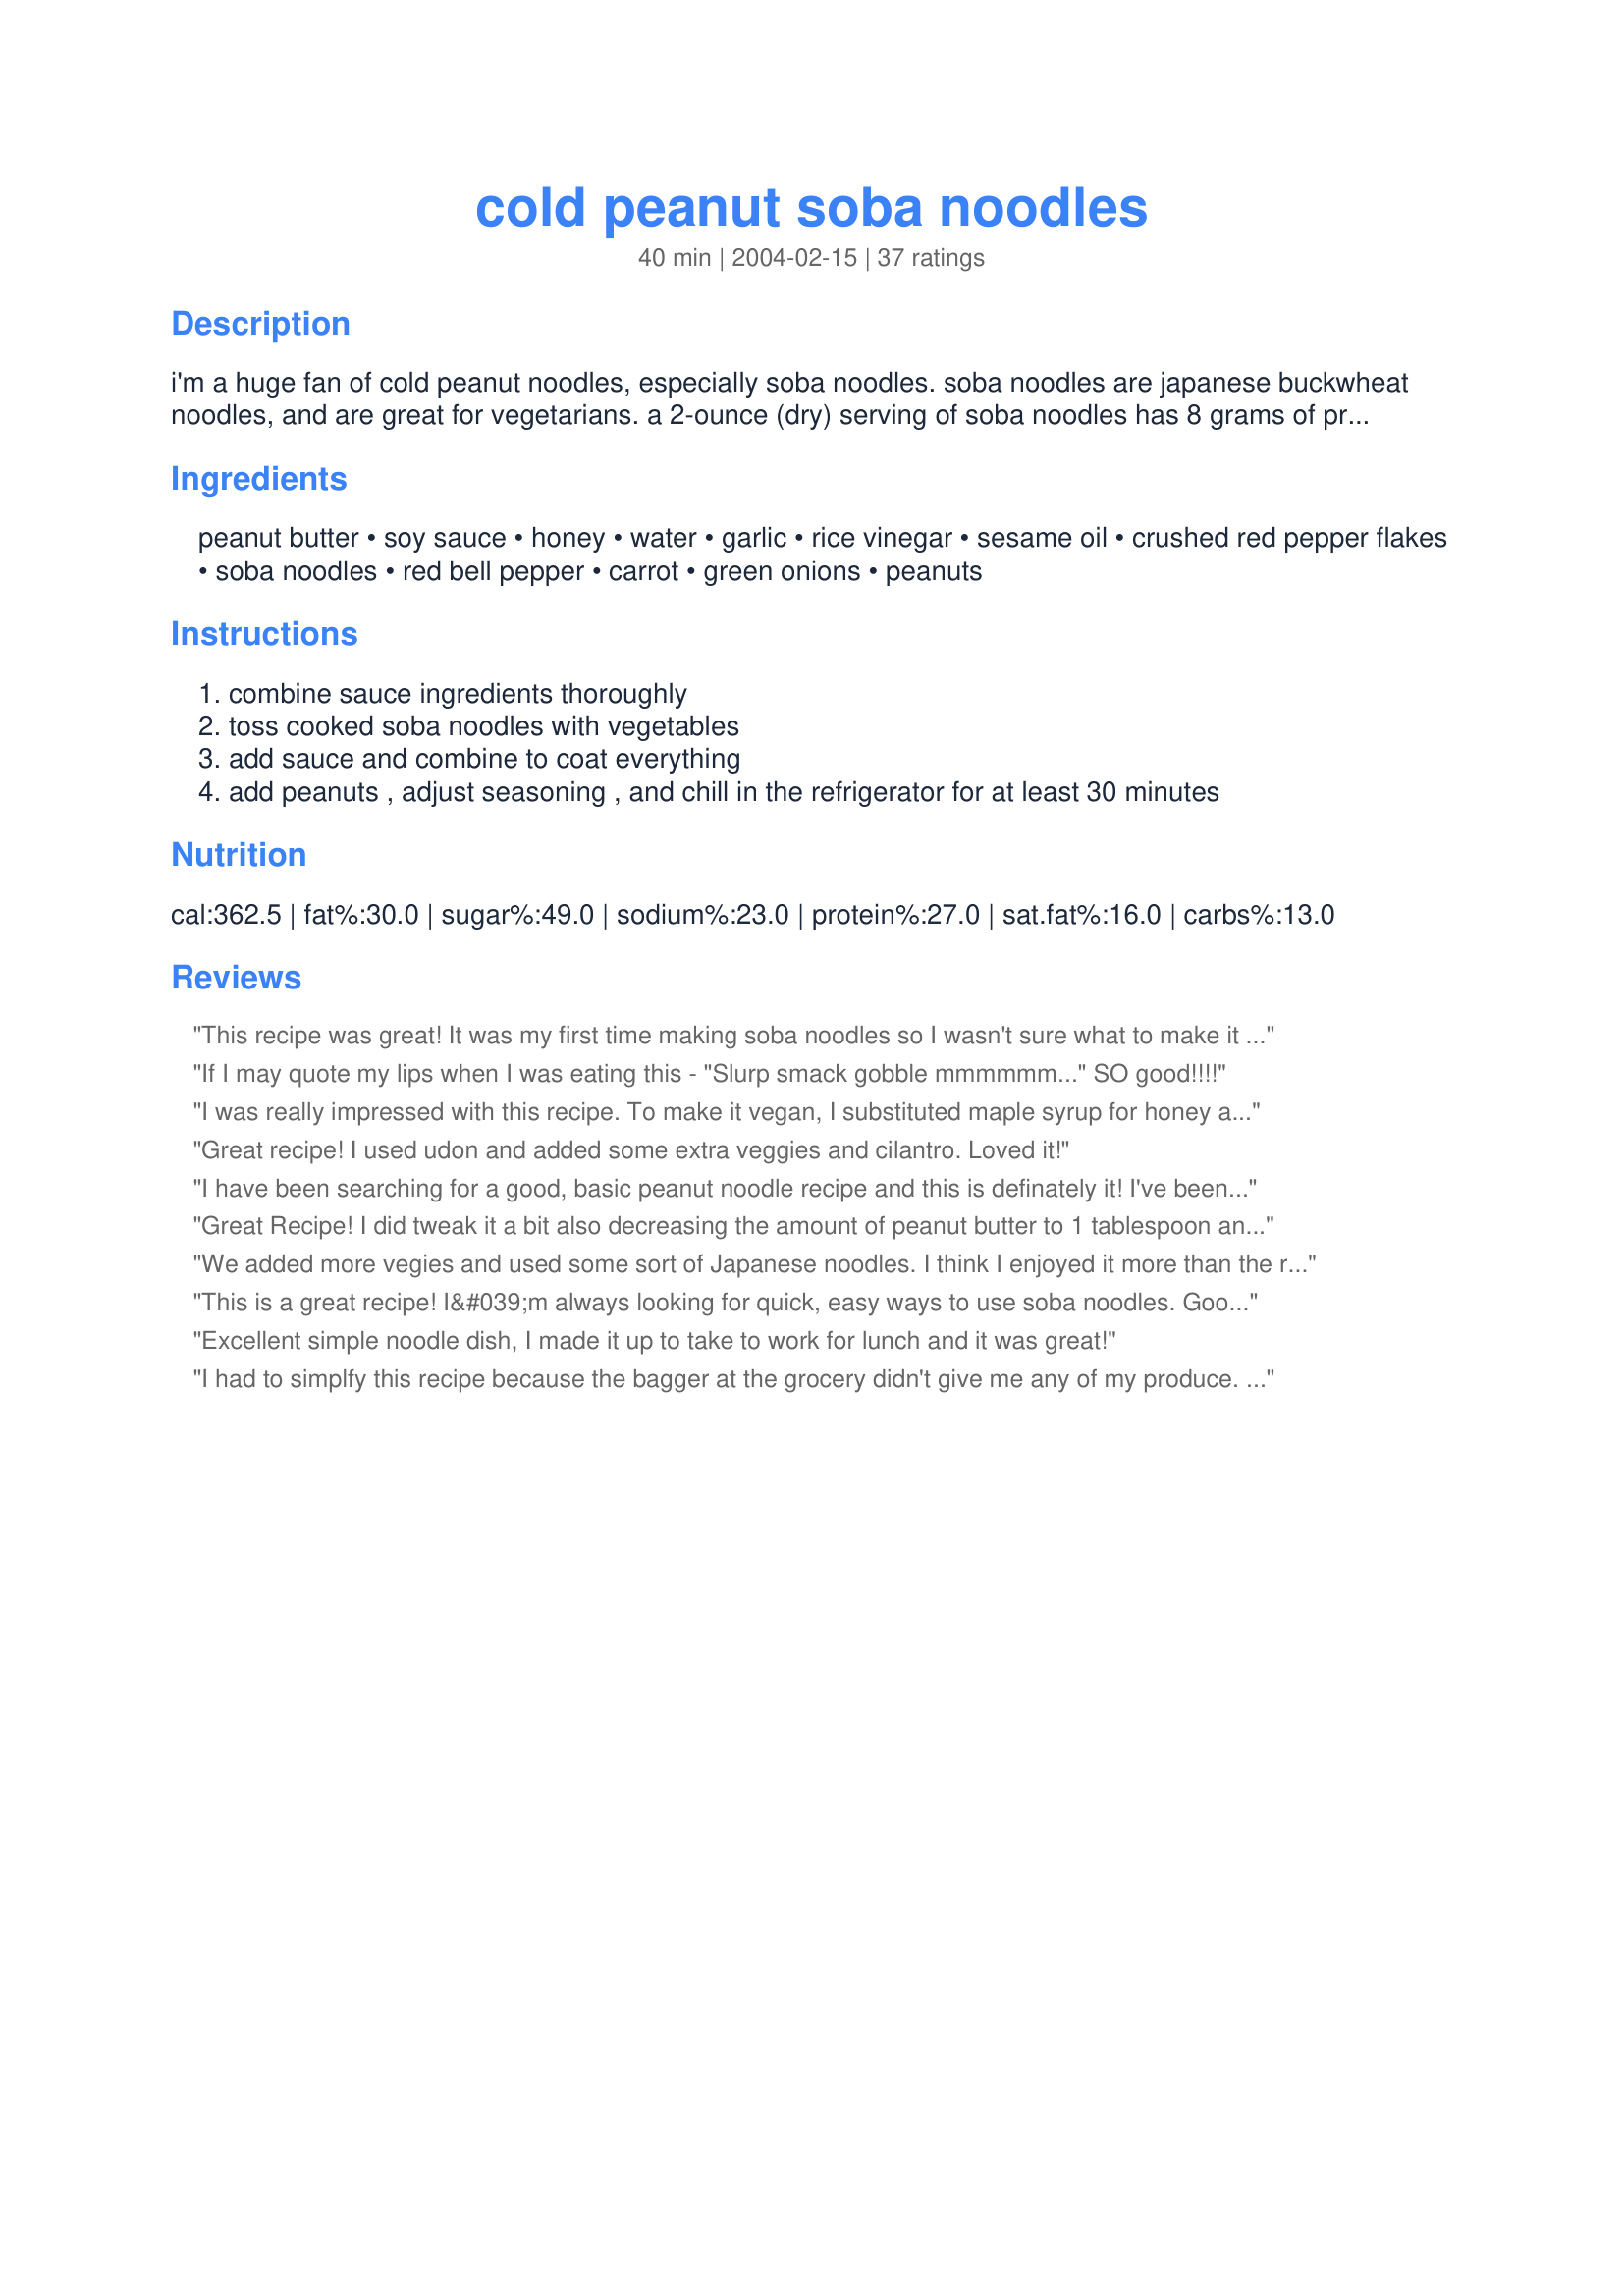
cold peanut soba noodles
Preparation time: 40 minutes

i'm a huge fan of cold peanut noodles, especially soba noodles. soba noodles are japanese buckwheat noodles, and are great for vegetarians. a 2-ounce (dry) serving of soba noodles has 8 grams of protein and 12% of the rda of dietary fiber - and no cholesterol. add different vegetables if you wish (shredded cabbage is good, or water chestnuts), and if you're not vegetarian, add soy-marinated chicken, shrimp or even salmon. cook time is for boiling the noodles.

Ingredients:
peanut butter, soy sauce, honey, water, garlic, rice vinegar, sesame oil, crushed red pepper flakes, soba noodles, red bell pepper, carrot, green onions, peanuts

Steps:
combine sauce ingredients thoroughly
toss cooked soba noodles with vegetables
add sauce and combine to coat everything
add peanuts , adjust seasoning , and chill in the refrigerator for at least 30 minutes

Reviews:
This recipe was great! It was my first time making soba noodles so I wasn't sure what to make it with so I'm really glad I found this recipe. Thanks!
If I may quote my lips when I was eating this - "Slurp smack gobble mmmmmm..." SO good!!!!
I was really impressed with this recipe. To make it vegan, I substituted maple syrup for honey and it worked really well. I think cabbage would be a good ingredient to add. Thanks!
Great recipe! I used udon and added some extra veggies and cilantro. Loved it!
I have been searching for a good, basic peanut noodle recipe and this is definately it! I've been using Barilla's whole grain spaghetti to boost nutrition. I don't like peppers that much, so instead I've been shredding napa cabbage and adding it to the pasta for the last two minutes to soften a little. I like to add the carrots raw, to add crunch, and if I have them, I also add scallions. Delicious!
Great Recipe! I did tweak it a bit also decreasing the amount of peanut butter to 1 tablespoon and increasing the rice vinegar to 2 Tablespoons. I also added a few dashes of Tabasco. I used it as a bed for some grilled salmon and roasted asparagus. I will definitely make this recipe again!
We added more vegies and used some sort of Japanese noodles. I think I enjoyed it more than the rest of the family.
This is a great recipe! I&#039;m always looking for quick, easy ways to use soba noodles. Good sauce to noodle ratio and nice flavor. The only change I made was to add some blanched broccoli. Perfect for a tasty on the go lunch or quick dinner!
Excellent simple noodle dish, I made it up to take to work for lunch and it was great!
I had to simplfy this recipe because the bagger at the grocery didn't give me any of my produce. I ended up having to leave out the red pepper, the carrots and the green onion. The flavors were so glorious I didn't miss the veggies at all! DH raved about this all night. Delicious!
I really liked this. I would make this 4 stars if my husband didn't tell me to never make this again. He hated it. He hated the texture etc. I thought it was much better when I first made it and it was a little warm than after it sat in the fridge. I didn't use the peppers or carrots. I added cole slaw mix and a can each of baby corn, water chest nuts and bamboo shoots. I think if I make this again (for myself not DH) I won't add the nuts. Oh, and I couldn't find the noodles so I used spaghetti. Thanks for posting, even tho it wasn't a hit with everyone.
The sauce was quite flavorful but a little heavy. I didn't think such a little amount of sauce would be able to cover all the soba. But it was still excellent nonetheless!
excellent dish. I even used light peanut butter and would again. The veggies I used were: scallions, broccoli, tomatoes and string beans. I just wanted to use what I had on hand and it came out great! Thanks! I will make this again!
I made this for my fiancee when I needed something I could make in advance. As she said, "It's a keeper." Following Meg's review, I substituted almond butter and slivered almonds for the peanut butter and peanuts. I made an extra serving's worth of sauce to make it saucier. I also used snow peas instead of red peppers. Delicious, easy and different!
I made this recipe for a potluck since I don't like soba noodles, and I wanted to get rid of a few soba noodles in my pantry. Well, this recipe turned out great. I got a lot of compliments at the potluck. My only complaint is that this recipe is rather unattractive.
i actually joined just so i could rate this! i love this recipe- although i did substitute rice vinegar for white vinegar (with no noticeable flavor change) and i used 1/2 ginger flavored honey aand 1/2 agave. i used celery, tomatoes, cucumber and pineapple in place of the vegetables you mentioned as well, but the sauce was marvelous! will be making this again soon ^_^
This is one of the better soba receipes -- easy to adjust for taste by adding more or less nut butter and chili flakes. We tried it with almond butter -- delicious.
EXCELLENT. I left out the red pepper flakes so my daughter could eat it and even my husband, who likes spicy foods, really enjoyed the recipe. Excellent, really, I can't say it enough.
My family really enjoyed this recipe. Based on other reviews, I added more vegetables (bell pepper, carrot and snow pea)to give it crunch as well as color.

One thing I have learned about soba noodles is their tendency to become "slimy". I would suggest plunging the freshly cooked noodles in cold water and then agitating them to remove some of the slime. Then a good cold rinse and drain.

Thanks EdsGirlAngie for the great recipe. It's a keeper!
This was my introduction to soba noodles, and it was delicious. I skipped the honey and the peanuts (personal preference), and added broccoli. As great as the noodles are, the sauce also stands well on its own as a dipping sauce for veggies, spring rolls, etc. Thanks for the recipe!
Fantastic! We made the noodles and sauce, mixed it together "dry", which meant there was a bit of sauce left over. Used that to sautee some random veggies and tofu, which we served over the soba noodles. Really good and really easy. We will make this again for sure. Thanks!
This was pretty good. 4oz of noodles isn't nearly enough for the amount of sauce it makes, I ended up making another 4oz for a total of 8oz. Also I thought it needed added salt and a little bit of lime to give it some sort of kick. Otherwise, it was just a little to bland for my tastes.
My family loves this recipe and I now make it regularly. It tastes best at room temp but stores well in the fridge and eaten cold is delicious too! A nice change for a side dish. I usually serve it along side an Asian Chicken or Beef entree.
Man, this is some GOOD stuff! The peanut sauce has great flavors going with the garlic, pepper flakes, and sesame oil(I reduced that to half-personal preference, it can be overpowering for my tastebuds.) I used red peppers, green onions and thinly sliced celery, and omitted the honey. Sorry, but I couldn't wait for it to chill in the frig, so ate it lukewarm and let me tell ya... it is fantastic! Warm soba noodles, crunchy chilled vegetables, creamy, spicy, flavorful peanut sauce... I was in heaven!
Made this last night for dinner and it got a thumbs up from everyone. I used hot sesame oil for extra kick as we like things spicy. I may cut the peanut butter back a bit next time as I thought it was a little overpowering.
We really enjoyed this. It was very easy and had tons of flavor. I added 2 grilled chicken breasts to the dish and used linguine instead of the actual soba noodles. Will make again. Thanks!
I tried several differed cold sesame noodle recipes searching for the best and I believe I found it with this one. I have made it several times and is perfect with Olympic Seoul Chicken one of my top 10 and most requested meals
This is very convenient, healthy food. It was easy to make, to keep, and above all, it tasted great. Thanks for the recipe, it'll be one of my regulars.
This is a wonderful and simple recipe -- great flavor combination and nice fresh, crunchy veggies. I use 8 oz. of noodles or the peanut sauce is just too thick and overwhelming. I also skip the peanut topping as a way to save on the fat at least a little bit. Thanks for a great recipe!
This is a great base recipe - I had to cut back on the peanut butter to 3 tablespoons, but it was otherwise really good. In a pinch, I substitute a frozen onion/pepper mix for the fresh veggies.
I'm resubmitting this review as I forgot to add the 5 stars the first time!
A very tasty recipe! I was recently looking for recipes that could be done for camping, with a group of vegans, and I was able to pull this one off--I cooked the noodles at home and packed them up, cut up all the veggies at home and packed them up, took the ingredients along to make the sauce, and put it all together a couple of hours before we were ready to eat it. It was a smash hit! It's very easy to adjust the relative amounts of sauce ingredients and seasonings if you need to. Thanks for a recipe I'm sure I'll do again!
I was really looking forward to this because I like peanuts. I could not find soba noodles and that might have been the problem, but after trying them I'm not sure I care to go out of my way looking for the proper noodles. The cold noodles did not help at all and I felt the sauce had such a strange flavor. I was unable to finish my portion before my taste buds revolted again me. If you are going to try this recipe, please make sure to find the proper noodles at least before you do!
I thought this recipe was just okay, not nearly as good as the thai peanut noodles I usually make. It may be that I just don't like soba noodles, but I thought something tasted a bit off. Maybe some more peanut butter in the sauce, or a bit of salt for some more kick to it. Thanks for sharing.
Very good. You're right that it is intense - I think because soba noodles are more intense than spaghetti, but it's a good flavor, so having it concentrated is not a problem. I had to adjust the ingredients to what I had on hand, so I used cucumber instead of carrot and a mixture of peanut butter and tahini, and it was still tasty.
I'd give it 5, but my husband and 2 young boys don't like it that much. My husband says it's too peanut buttery and can't get through it. I've made this recipe quite a few times because I DO like it a lot and I keep scaling back on the p'nut butter hoping to get a better reaction from the hubby. Tonight I halved the p'nut butter amount and sub'd in a little tahini, but it was still a no. I do also love how all this can be done ahead of time. Thanks for sharing.
played with the vinegar/ honey ratio, very minor changes to our tastes. simple flavorful recipe.
Thank you!
THis was quick and good. i served it over shreaded cabbage. I think that next time I will use some broiled tofu or grilled salmon to make it heartier. You have to try this one at least once......
